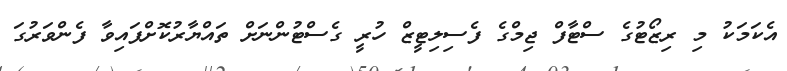
އެކަމަކު މި ރިޒޯޓުގެ ސްޓާފް ޖިމްގެ ފެސިލިޓީޒް ހުރީ ގެސްޓުންނަށް ތައްޔާރުކޮށްފައިވާ ފެންވަރުގަ